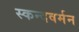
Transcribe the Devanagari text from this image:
स्कन्दवर्मन